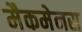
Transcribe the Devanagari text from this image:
मैकमेनस